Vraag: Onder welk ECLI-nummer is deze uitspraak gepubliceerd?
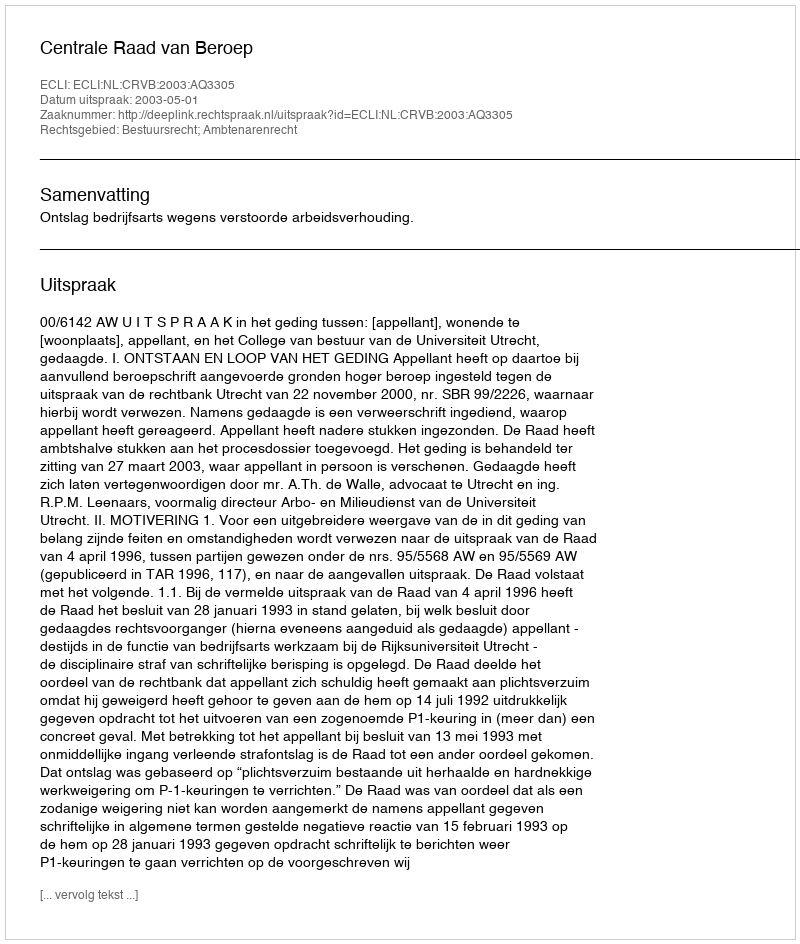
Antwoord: ECLI:NL:CRVB:2003:AQ3305